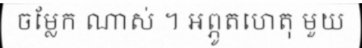
ចម្លែក ណាស់ ។ អព្ភូតហេតុ មួយ